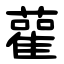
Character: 雚